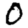
Digit: 0